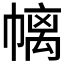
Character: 𱜴